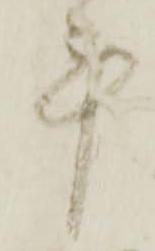
計